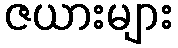
ဇယားများ